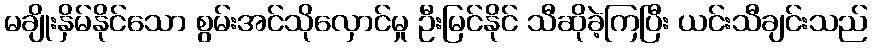
မချိုးနှိမ်နိုင်သော စွမ်းအင်သိုလှောင်မှု ဦးမြင်နိုင် သီဆိုခဲ့ကြပြီး ယင်းသီချင်းသည်